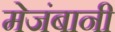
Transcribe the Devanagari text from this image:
मेजंबानी